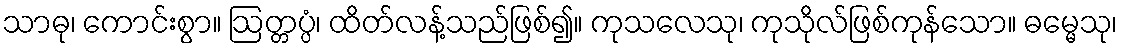
သာဓု၊ ကောင်းစွာ။ ဩတ္တပ္ပံ၊ ထိတ်လန့်သည်ဖြစ်၍။ ကုသလေသု၊ ကုသိုလ်ဖြစ်ကုန်သော။ ဓမ္မေသု၊